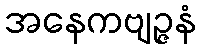
အနေကဗျဉ္ဇနံ